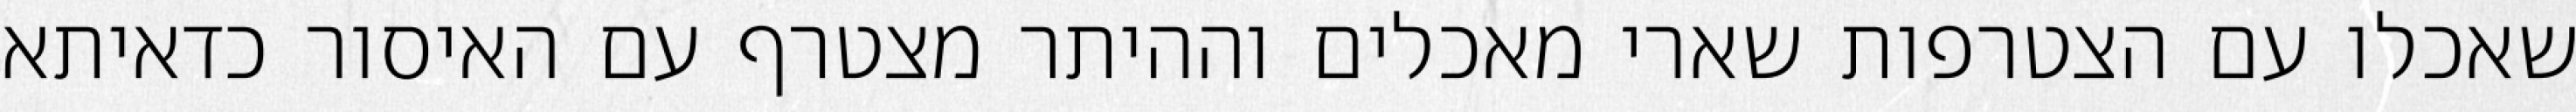
שאכלו עם הצטרפות שארי מאכלים וההיתר מצטרף עם האיסור כדאיתא